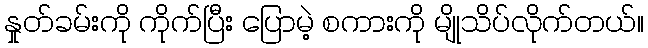
နှုတ်ခမ်းကို ကိုက်ပြီး ပြောမဲ့ စကားကို မျိုသိပ်လိုက်တယ်။